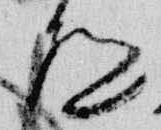
道